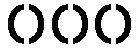
၀၀၀